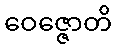
ဝေဇ္ဇောတိ